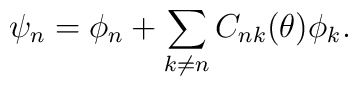
\psi_{n}=\phi_{n}+ \sum_{k\neq n}C_{nk}(\theta)\phi_{k} .